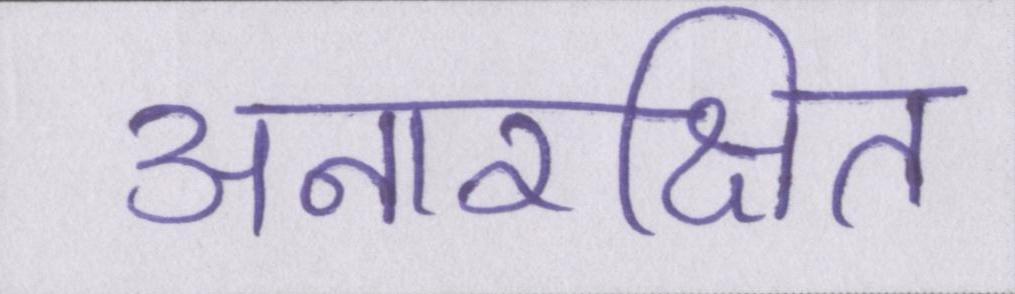
अनारक्षित